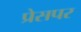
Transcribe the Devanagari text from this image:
प्रेसपर